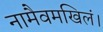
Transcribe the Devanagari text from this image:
नामैवमखिलं।